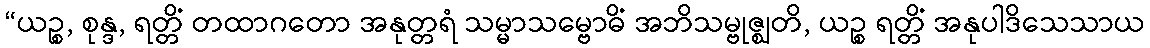
“ယဉ္စ, စုန္ဒ, ရတ္တိံ တထာဂတော အနုတ္တရံ သမ္မာသမ္ဗောဓိံ အဘိသမ္ဗုဇ္ဈတိ, ယဉ္စ ရတ္တိံ အနုပါဒိသေသာယ